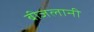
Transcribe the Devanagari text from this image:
बीजलानी